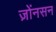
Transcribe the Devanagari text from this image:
ज़ोंनसन